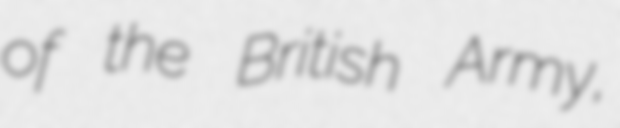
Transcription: of the British Army,